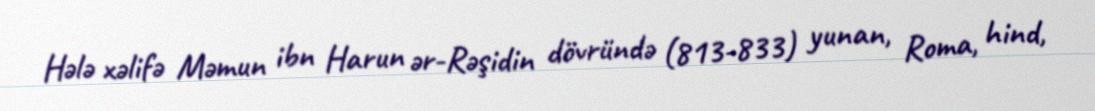
Hələ xəlifə Məmun ibn Harun ər-Rəşidin dövründə (813-833) yunan, Roma, hind,